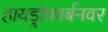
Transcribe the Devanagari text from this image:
हायड्रोकार्बनवर